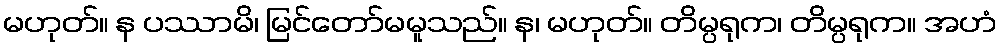
မဟုတ်။ န ပဿာမိ၊ မြင်တော်မမူသည်။ န၊ မဟုတ်။ တိမ္ပရုက၊ တိမ္ပရုက။ အဟံ